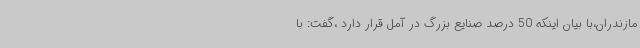
مازندران،با بیان اینکه 50 درصد صنایع بزرگ در آمل قرار دارد ،گفت: با